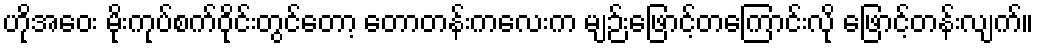
ဟိုအဝေး မိုးကုပ်စက်ဝိုင်းတွင်တော့ တောတန်းကလေးက မျဉ်းဖြောင့်တကြောင်းလို ဖြောင့်တန်းလျက်။